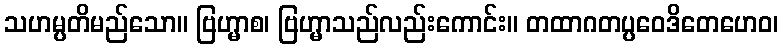
သဟမ္ပတိမည်သော။ ဗြဟ္မာစ၊ ဗြဟ္မာသည်လည်းကောင်း။ တထာဂတပ္ပဝေဒိတေဟေဝ၊